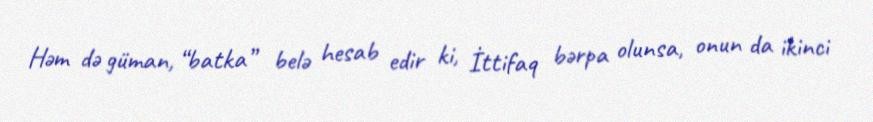
Həm də güman, “batka” belə hesab edir ki, İttifaq bərpa olunsa, onun da ikinci